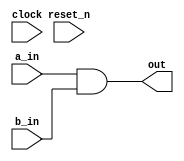
// DEFINES
`define BITS 32         // Bit width of the operands

module bm_and_log(clock,
		reset_n,
		a_in,
		b_in,
		out);

// SIGNAL DECLARATIONS
input	clock;
input 	reset_n;

input [`BITS-1:0] a_in;
input [`BITS-1:0] b_in;

output [`BITS-1:0] out;

wire [`BITS-1:0]    out;

// ASSIGN STATEMENTS
assign out = a_in & b_in;

endmodule